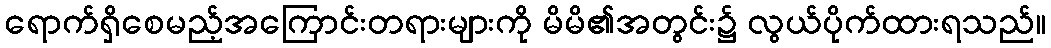
ရောက်ရှိစေမည့်အကြောင်းတရားများကို မိမိ၏အတွင်း၌ လွယ်ပိုက်ထားရသည်။